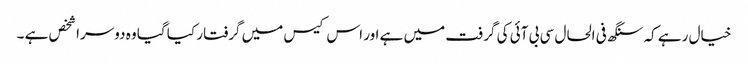
خیال رہے کہ سنگھ فی الحال سی بی آئی کی گرفت میں ہے اور اس کیس میں گرفتار کیا گیا وہ دوسرا شخص ہے ۔